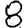
Digit: 8